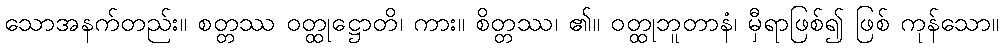
သောအနက်တည်း။ စတ္တဿ ဝတ္ထုဋ္ဌောတိ၊ ကား။ စိတ္တဿ၊ ၏။ ဝတ္ထုဘူတာနံ၊ မှီရာဖြစ်၍ ဖြစ် ကုန်သော။